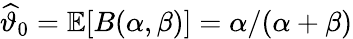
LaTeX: \widehat{\vartheta}_{0}=\mathbb{E}[B(\alpha,\beta)]=\alpha/(\alpha+\beta)